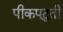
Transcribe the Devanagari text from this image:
पीकपद्धती